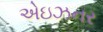
એઇઝનર